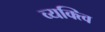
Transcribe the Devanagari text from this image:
व्यक्त्वि